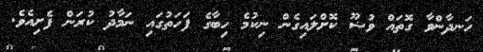
ހަނދާންވާ ގޮތައް ވުޟޫ ކޮށްލައިގެން ނިކުމެ ހިބާގެ ފަހަތުގައި ނަމާދު ކުރަން ފެށިއެވެ.